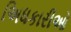
અિધકારીઓ